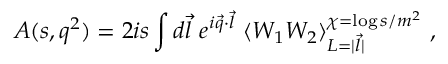
A ( s , q ^ { 2 } ) = 2 i s \int d \vec { l } \ e ^ { i \vec { q } \cdot \vec { l } } \ \langle W _ { 1 } W _ { 2 } \rangle _ { L = | \vec { l } | } ^ { \chi = \log s / m ^ { 2 } } \ ,